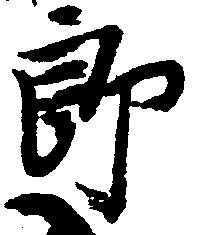
郎